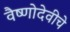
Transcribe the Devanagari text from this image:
वैष्णोदेवीचे